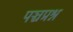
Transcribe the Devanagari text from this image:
पञ्चप्रश्न